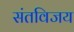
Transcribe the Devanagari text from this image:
संतविजय